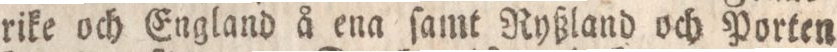
rike och England å ena ſamt Ryßland och Porten